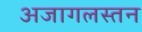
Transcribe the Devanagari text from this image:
अजागलस्तन